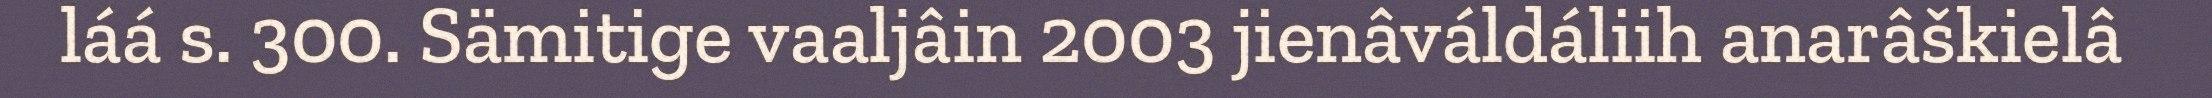
láá s. 300. Sämitige vaaljâin 2003 jienâváldáliih anarâškielâ